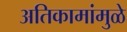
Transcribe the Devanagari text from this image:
अतिकामांमुळे